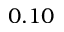
0 . 1 0